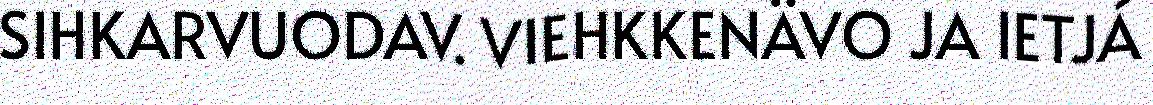
SIHKARVUODAV. VIEHKKENÄVO JA IETJÁ